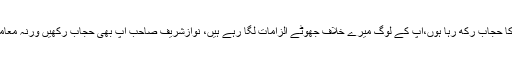
میں 34 سال کی رفاقت کا حجاب رکھ رہا ہوں،آپ کے لوگ میرے خلاف جھوٹے الزامات لگا رہے ہیں، نوازشریف صاحب آپ بھی حجاب رکھیں ورنہ معاملات دور تک جائیں گے۔